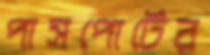
পাসপোর্টের